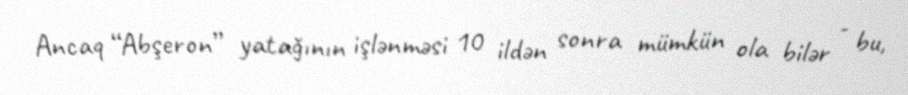
Ancaq “Abşeron” yatağının işlənməsi 10 ildən sonra mümkün ola bilər - bu,